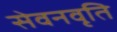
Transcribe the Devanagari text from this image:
सेवनवृति